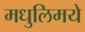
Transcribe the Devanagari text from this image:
मधुलिमये